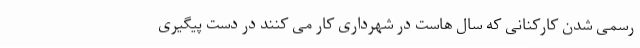
رسمی شدن کارکنانی که سال هاست در شهرداری کار می کنند در دست پیگیری